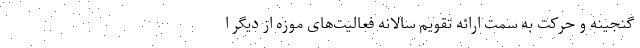
گنجینه و حرکت به سمت ارائه تقویم سالانه فعالیت‌های موزه از دیگر ا